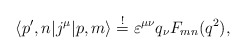
\begin{align*}\langle p^\prime, n| j^\mu | p, m \rangle\stackrel{!}{=} \varepsilon^{\mu \nu}q_\nu F_{mn}(q^2),\end{align*}